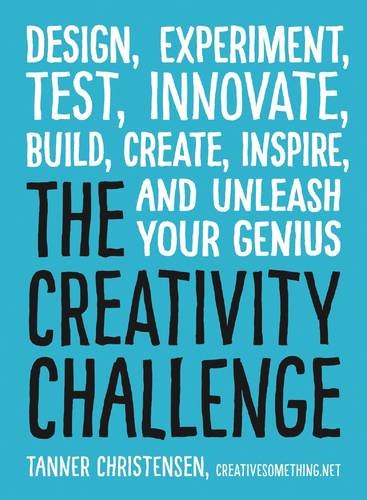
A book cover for The Creativity Challenge: Design, Experiment, Test, Innovate, Build, Create, Inspire, and Unleash Your Genius; Tanner Christensen; Health, Fitness & Dieting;